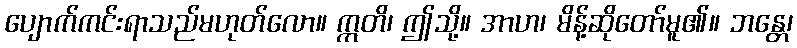
ပျောက်ကင်းရာသည်မဟုတ်လော။ ဣတိ၊ ဤသို့။ အာဟ၊ မိန့်ဆိုတော်မူ၏။ ဘန္တေ၊